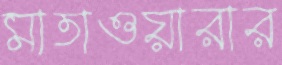
মাতাওয়ারার